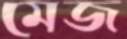
মেজ